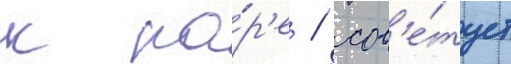
к па́р'е / сов'е́тует